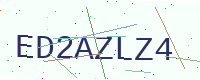
Text: ED2AZLZ4